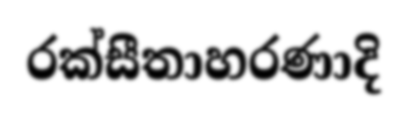
රක්සීතාහරණාදි